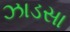
ઝાડસા